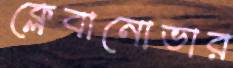
ক্লেবানোভার